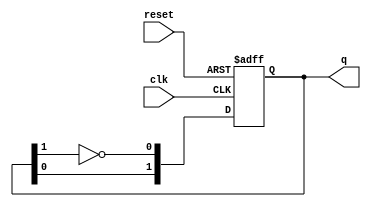
module JohnsonCounter #(parameter N = 2) (
    input wire clk,
    input wire reset,
    output reg [N-1:0] q
);

    // Internal signal for the feedback
    wire feedback;

    // Assign feedback as the complement of the last flip-flop output
    assign feedback = ~q[N-1];

    // Sequential logic for the Johnson Counter
    always @(posedge clk or posedge reset) begin
        if (reset) begin
            // Reset all flip-flops to 0
            q <= {N{1'b0}};
        end else begin
            // Shift the states according to the Johnson counter logic
            q <= {q[N-2:0], feedback};
        end
    end

endmodule